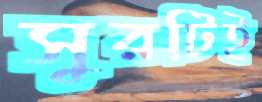
সুরটিই